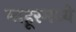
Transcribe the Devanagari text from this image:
माहूरमध्ये